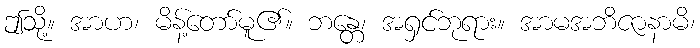
ဤသို့။ အာဟ၊ မိန့်တော်မူ၏။ ဘန္တေ၊ အရှင်ဘုရား။ အာမအဘိဇာနာမိ၊